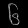
Digit: ၆